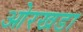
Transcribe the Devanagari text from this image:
ओरखडा